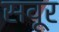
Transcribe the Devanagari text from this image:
सवूर